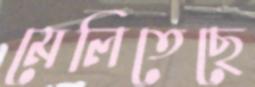
মেলিতেছে